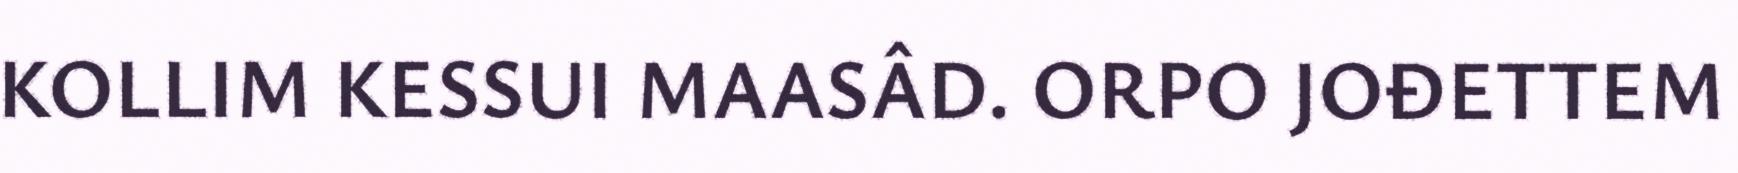
KOLLIM KESSUI MAASÂD. ORPO JOĐETTEM